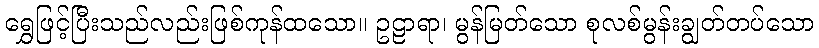
ရွှေဖြင့်ပြီးသည်လည်းဖြစ်ကုန်ထသော။ ဥဠာရာ၊ မွန်မြတ်သော စုလစ်မွန်းချွတ်တပ်သော